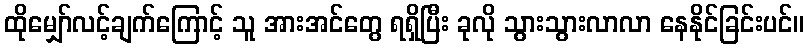
ထိုမျှော်လင့်ချက်ကြောင့် သူ အားအင်တွေ ရရှိပြီး ခုလို သွားသွားလာလာ နေနိုင်ခြင်းပင်။